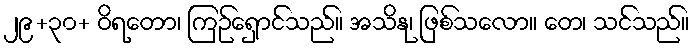
၂၉+၃၀+ ဝိရတော၊ ကြဉ်ရှောင်သည်။ အသိနု၊ ဖြစ်သလော။ တေ၊ သင်သည်။